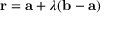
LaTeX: \mathbf { r } = \mathbf { a } + \lambda ( \mathbf { b } - \mathbf { a } )